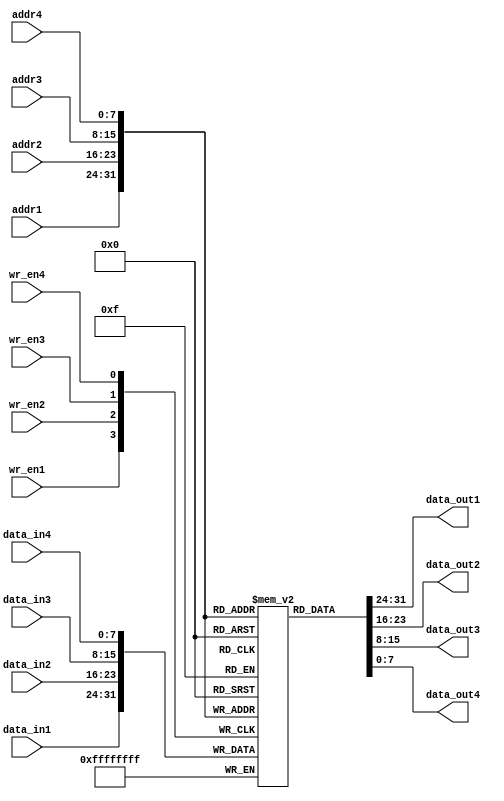
module quad_port_register_file (
    input [7:0] addr1,
    input [7:0] addr2,
    input [7:0] addr3,
    input [7:0] addr4,
    input [7:0] data_in1,
    input [7:0] data_in2,
    input [7:0] data_in3,
    input [7:0] data_in4,
    
    input wr_en1,
    input wr_en2,
    input wr_en3,
    input wr_en4,
    
    output reg [7:0] data_out1,
    output reg [7:0] data_out2,
    output reg [7:0] data_out3,
    output reg [7:0] data_out4
);

reg [7:0] mem [0:255];

always @ (posedge wr_en1) begin
    if (wr_en1) mem[addr1] <= data_in1;
end

always @ (posedge wr_en2) begin
    if (wr_en2) mem[addr2] <= data_in2;
end

always @ (posedge wr_en3) begin
    if (wr_en3) mem[addr3] <= data_in3;
end

always @ (posedge wr_en4) begin
    if (wr_en4) mem[addr4] <= data_in4;
end

always @ (*) begin
    data_out1 = mem[addr1];
    data_out2 = mem[addr2];
    data_out3 = mem[addr3];
    data_out4 = mem[addr4];
end

endmodule